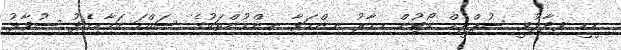
ޑީޑީ ވިދާޅުވީ ސުޕްރީމް ކޯޓުން މިހާރު ނިންމަވާ ނިންމުންތަކުގެ ސައްހަ ކަމާއިމެދު ސުވާލު